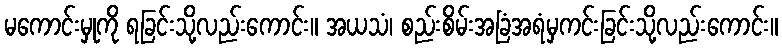
မကောင်းမှုကို ရခြင်းသို့လည်းကောင်း။ အယသံ၊ စည်းစိမ်းအခြံအရံမှကင်းခြင်းသို့လည်းကောင်း။